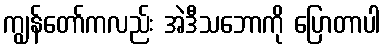
ကျွန်တော်ကလည်း အဲဒီသဘောကို ပြောတာပါ